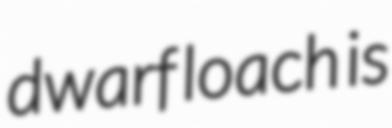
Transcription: dwarf loach is